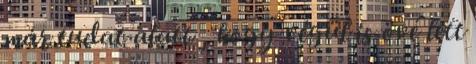
már tudat alatt , hogy végül is övé lett